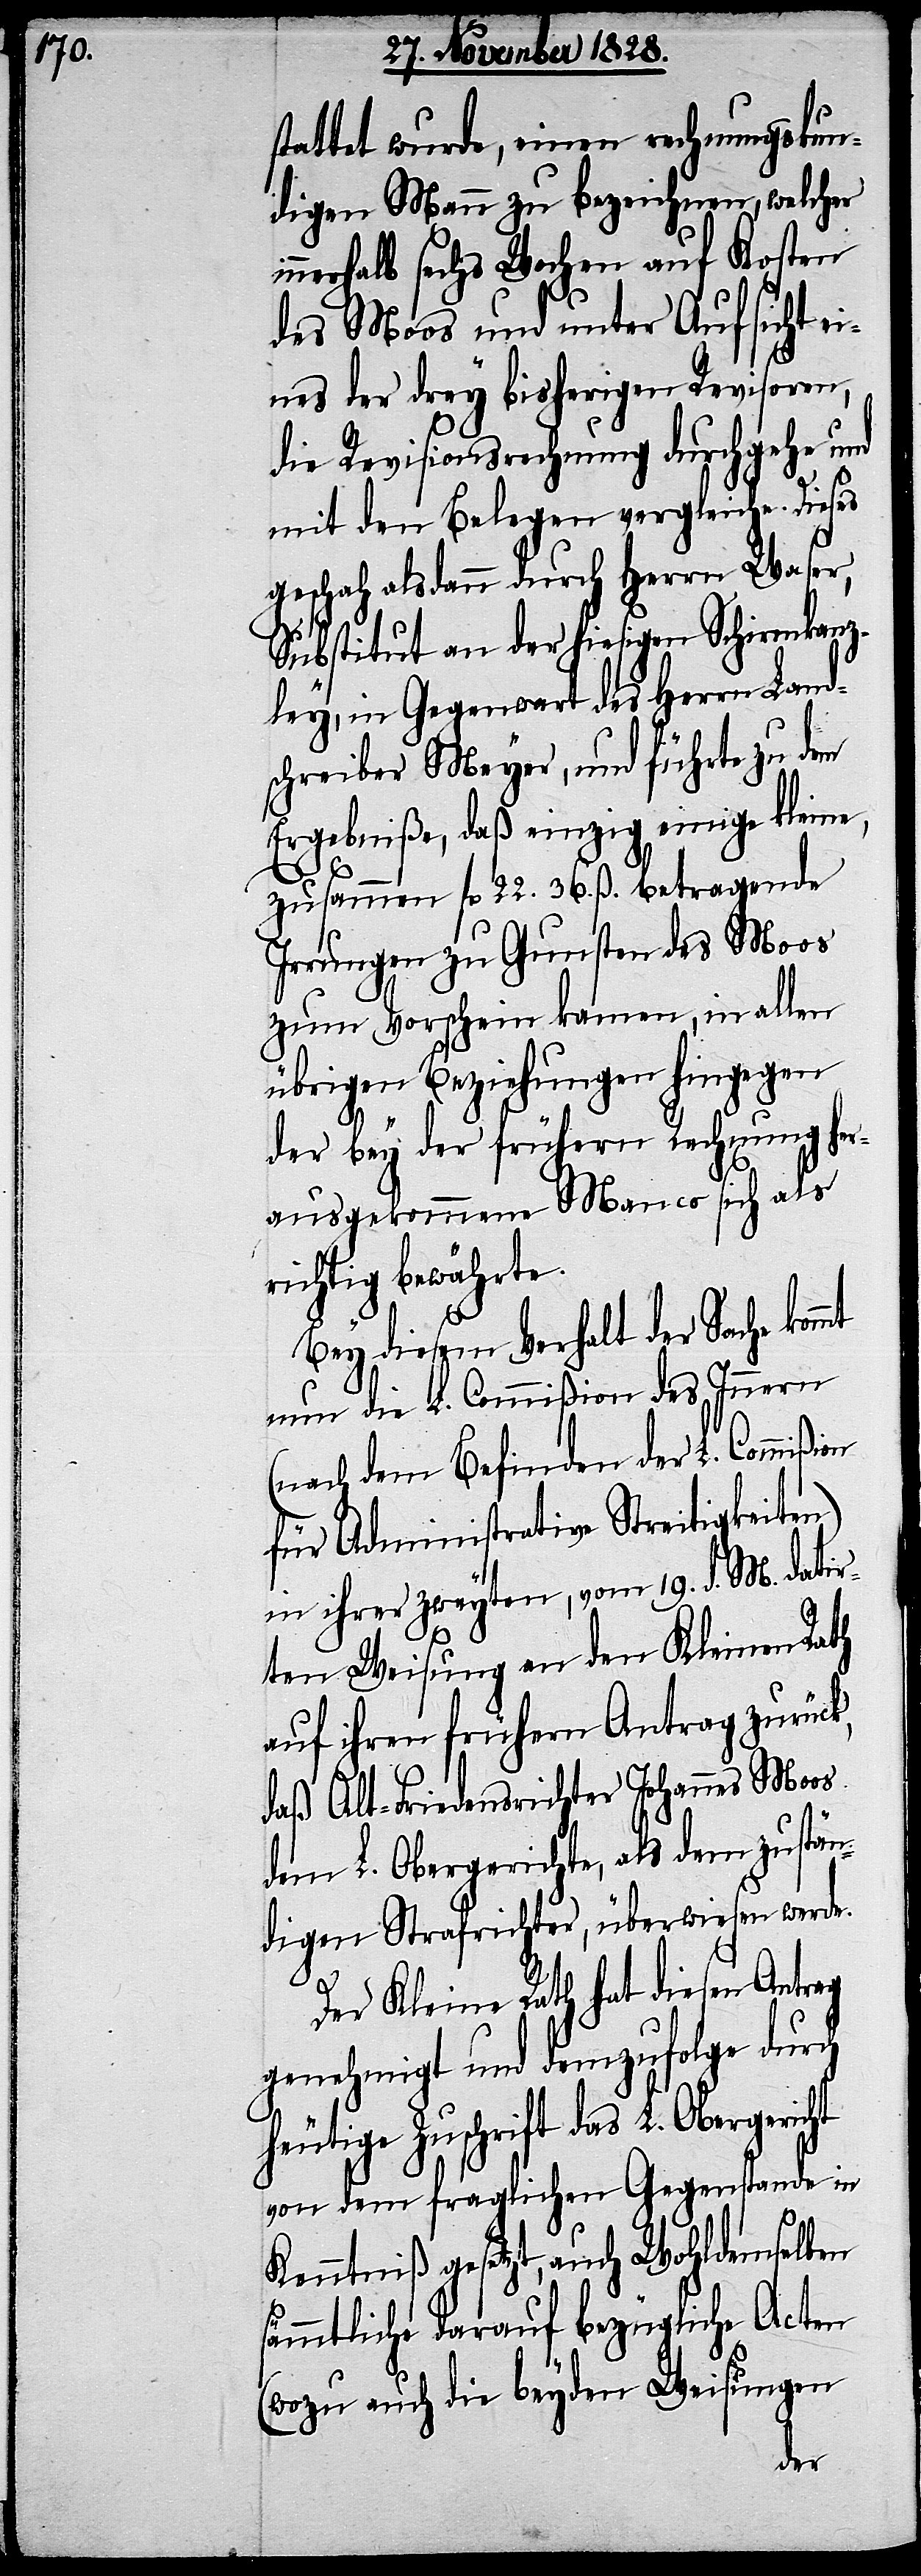
stattet wurde, einen rechnungskun¬
digen Mann zu bezeichnen, welcher
nerhalb sechs Wochen auf Kosten
des Moos und unter Aufsicht ei¬
nes der drey bisherigen Revisoren,
die Revisionsrechnung durchgehe und
mit den Belegen vergleiche. Dieses
geschah alsdann durch Herrn Waser,
Substitut an der hiesigen Schirmkanz¬
ley, in Gegenwart des Herrn Land¬
schreiber Meyer, und führte zu dem
Ergebniße, daß einzig einige kleine,
zusammen fl. 22. 36. ß betragende
Irrungen zu Gunsten des Moos
zum Vorschein kamen, in allen
übrigen Beziehungen hingegen
der bey der frühern Rechnung her¬
ausgekommene Manco sich als
richtig bewährte.
Bey diesem Verhalt der Sache
nun die L. Commißion des Innern
(nach dem Befinden der L. Commi¬
für Administrative Streitigkeiten)
in ihrer zweyten, vom 19. d. M. datir¬
ten Weisung an den Kleinen Rath
auf ihren frühern Antrag zurück,
daß Alt-Friedensrichter Johannes Moos
dem L. Obergerichte, als dem zustän¬
digen Strafrichter, überwiesen werde.
Der Kleine Rath hat diesen Antrag
genehmigt und demzufolge durch
heutige Zuschrift das L. Obergericht
von dem fraglichen Gegenstande in
Kenntniß gesetzt, auch Wohldemselben
sämmtliche darauf bezüglich Acten
(wozu auch die beyden Weisungen
ßion